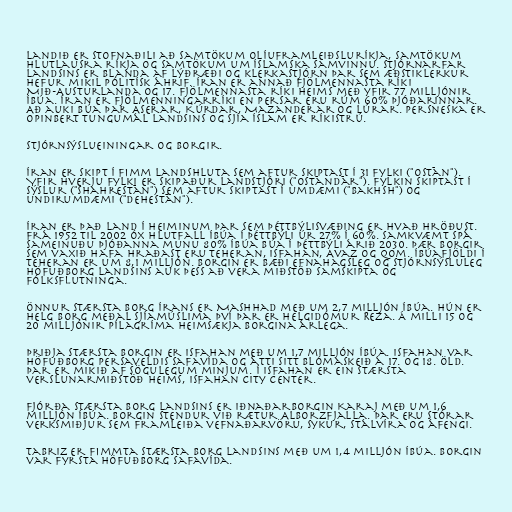
Landið er stofnaðili að Samtökum olíuframleiðsluríkja, Samtökum
hlutlausra ríkja og Samtökum um íslamska samvinnu. Stjórnarfar
landsins er blanda af lýðræði og klerkastjórn þar sem æðstiklerkur
hefur mikil pólitísk áhrif. Íran er annað fjölmennasta ríki
Mið-Austurlanda og 17. fjölmennasta ríki heims með yfir 77 milljónir
íbúa. Íran er fjölmenningarríki en Persar eru rúm 60% þjóðarinnar.
Að auki búa þar Aserar, Kúrdar, Mazanderar og Lúrar. Persneska er
opinbert tungumál landsins og sjía íslam er ríkistrú.

Stjórnsýslueiningar og borgir.

Íran er skipt í fimm landshluta sem aftur skiptast í 31 fylki ("ostān").
Yfir hverju fylki er skipaður landstjóri ("ostāndār"). Fylkin skiptast í
sýslur ("shahrestān") sem aftur skiptast í umdæmi ("bakhsh") og
undirumdæmi ("dehestān").

Íran er það land í heiminum þar sem þéttbýlisvæðing er hvað hröðust.
Frá 1952 til 2002 óx hlutfall íbúa í þéttbýli úr 27% í 60%. Samkvæmt spá
Sameinuðu þjóðanna munu 80% íbúa búa í þéttbýli árið 2030. Þær borgir
sem vaxið hafa hraðast eru Teheran, Isfahan, Avaz og Qom. Íbúafjöldi í
Teheran er um 8,1 milljón. Borgin er bæði efnahagsleg og stjórnsýsluleg
höfuðborg landsins auk þess að vera miðstöð samskipta og
fólksflutninga.

Önnur stærsta borg Írans er Mashhad með um 2,7 milljón íbúa. Hún er
helg borg meðal sjíamúslima því þar er helgidómur Reza. Á milli 15 og
20 milljónir pílagríma heimsækja borgina árlega.

Þriðja stærsta borgin er Isfahan með um 1,7 milljón íbúa. Isfahan var
höfuðborg Persaveldis Safavída og átti sitt blómaskeið á 17. og 18. öld.
Þar er mikið af sögulegum minjum. Í Isfahan er ein stærsta
verslunarmiðstöð heims, Isfahan City Center.

Fjórða stærsta borg landsins er iðnaðarborgin Karaj með um 1,6
milljón íbúa. Borgin stendur við rætur Alborzfjalla. Þar eru stórar
verksmiðjur sem framleiða vefnaðarvöru, sykur, stálvíra og áfengi.

Tabriz er fimmta stærsta borg landsins með um 1,4 milljón íbúa. Borgin
var fyrsta höfuðborg Safavída.